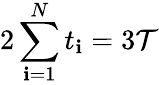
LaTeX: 2\sum_{\mathbf{i}=1}^{N}t_{\mathbf{i}}=3\mathcal{T}